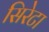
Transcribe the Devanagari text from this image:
सिरेटा